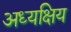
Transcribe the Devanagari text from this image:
अध्यक्षिय